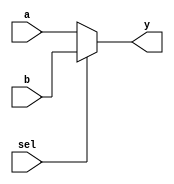
module mux_2_1(a,b,sel,y);
  input [15:0] a,b;
  input sel;
  output [15:0] y;

  assign y = (sel == 1'b0) ? a : b;
endmodule